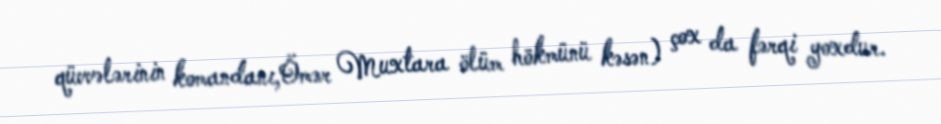
qüvvələrinin komandanı,Ömər Muxtara ölüm hökmünü kəsən) çox da fərqi yoxdur.